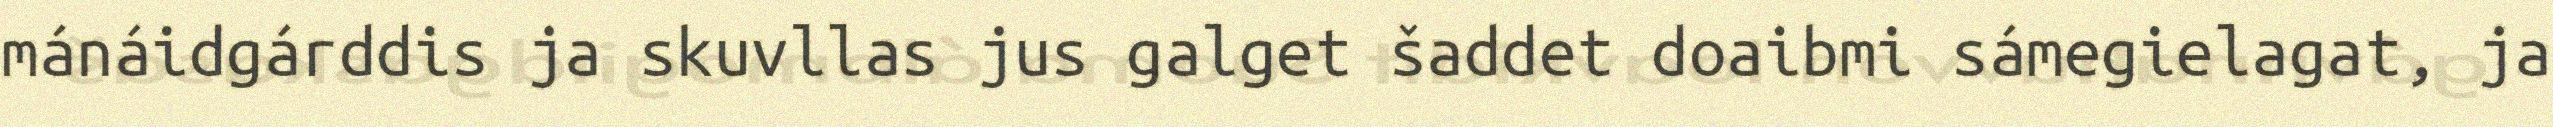
mánáidgárddis ja skuvllas jus galget šaddet doaibmi sámegielagat, ja